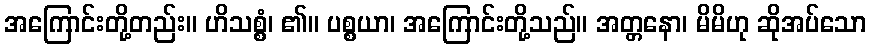
အကြောင်းတို့တည်း။ ဟိသစ္စံ၊ ၏။ ပစ္စယာ၊ အကြောင်းတို့သည်။ အတ္တနော၊ မိမိဟု ဆိုအပ်သော